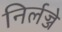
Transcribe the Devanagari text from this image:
निर्लज्जे